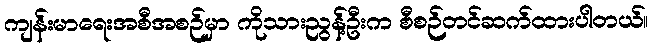
ကျန်းမာရေးအစီအစဉ်မှာ ကိုသားညွန့်ဦးက စီစဉ်တင်ဆက်ထားပါတယ်။